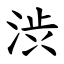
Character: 渋